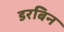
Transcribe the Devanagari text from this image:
डरबिन